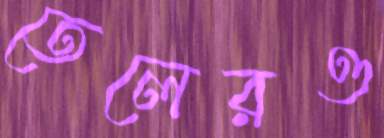
তেলেরও